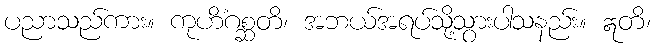
ပညာသည်ကား။ ကုဟိံဂစ္ဆတိ၊ အဘယ်အရပ်သို့သွားပါသနည်း။ ဣတိ၊